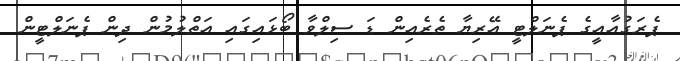
ޕެރަގުއާއީގެ ޕެނަލްޓީ އޭރިޔާ ތެރެއިން ޑަ ސިލްވާ ބޯޅައިގައި އަތްލުމުން ދިން ޕެނަލްޓީން